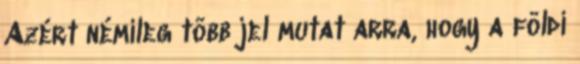
Azért némileg több jel mutat arra, hogy a földi